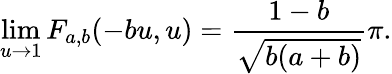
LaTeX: \operatorname*{lim}_{u\to 1}F_{a,b}(-bu,u)=\frac{1-b}{\sqrt{b(a+b)}}\pi.